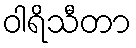
ဝါရိသီတာ